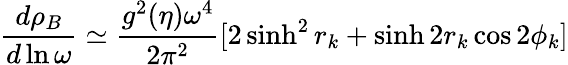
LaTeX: \frac{d\rho_{B}}{d\ln{\omega}}\simeq\frac{g^{2}(\eta)\omega^{4}}{2\pi^{2}}[2\sinh^{2}{r_{k}}+\sinh{2r_{k}}\cos{2\phi_{k}}]